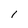
Character: I